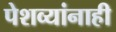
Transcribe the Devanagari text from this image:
पेशव्यांनाही